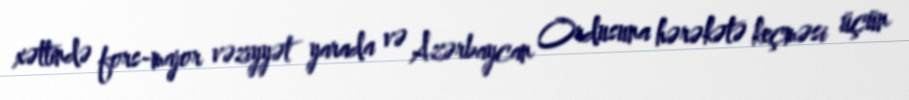
xəttində fors-major vəziyyət yarada və Azərbaycan Ordusuna hərəkətə keçməsi üçün